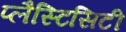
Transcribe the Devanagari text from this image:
प्लैस्टिसिटी